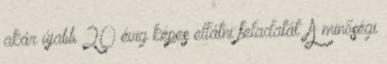
akár újabb 20 évig képes ellátni feladatát. A minőségi